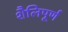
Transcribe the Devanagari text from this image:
शैलिपूर्ण